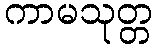
ကာမသုတ္တ